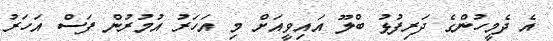
އެ ދެމީހުންގެ ދަރިފުޅު ބްލޫ އައިވީއަށް މި އަހަރު އުމުރުން ފަސް އަހަރު